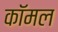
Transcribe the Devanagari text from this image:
कॉमल